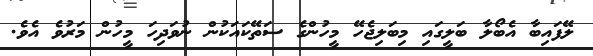
ލޭފައިބާ އެބޯލާ ބަލީގައި މިބަލިޖެހޭ މީހުންގެ ސަތޭކައަކުން ނުވަދިހަ މީހުން މަރުވެ އެވެ.